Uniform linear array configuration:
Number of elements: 48
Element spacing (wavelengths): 0.25
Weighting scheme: hamming
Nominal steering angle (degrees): -45
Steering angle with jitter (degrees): -45.474
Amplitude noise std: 0.05
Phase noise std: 0.05

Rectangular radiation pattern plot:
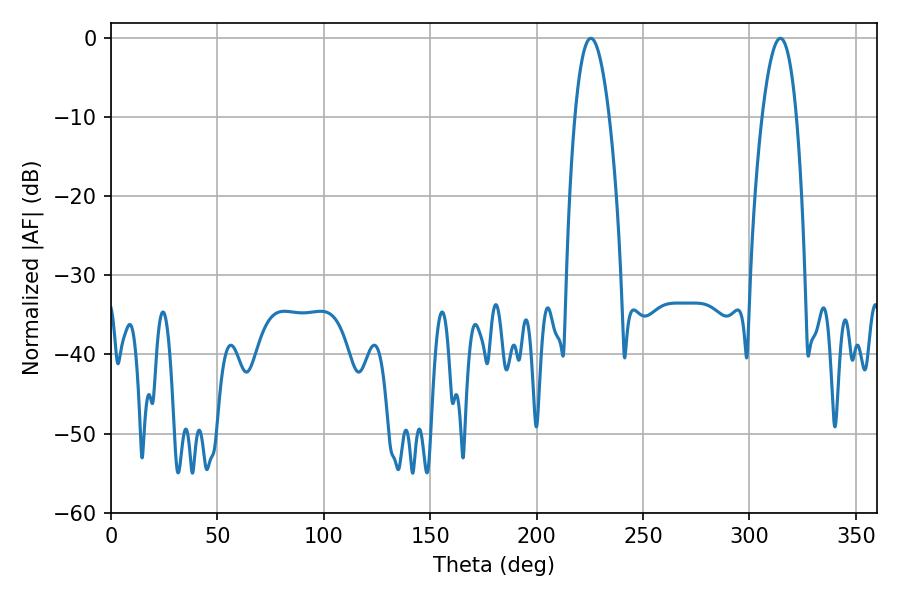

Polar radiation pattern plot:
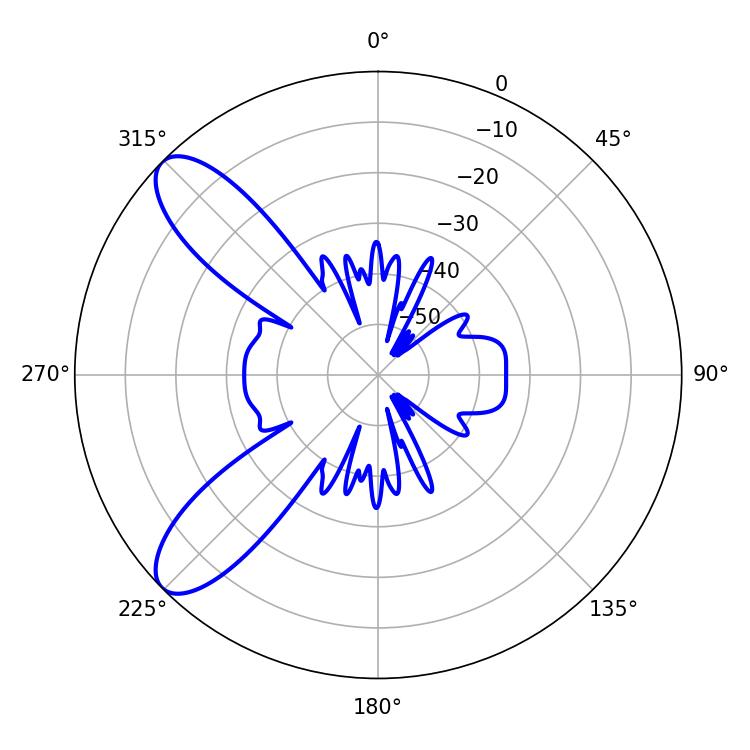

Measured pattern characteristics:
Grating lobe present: FALSE
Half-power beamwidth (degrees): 8.82
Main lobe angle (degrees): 314.46